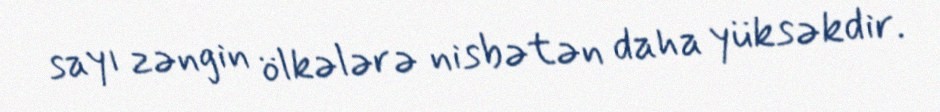
sayı zəngin ölkələrə nisbətən daha yüksəkdir.